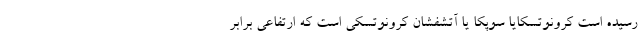
رسیده است کرونوتسکایا سوپکا یا آتشفشان کرونوتسکی است که ارتفاعی برابر